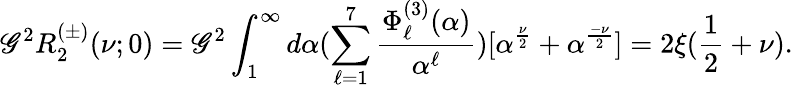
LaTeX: \mathscr{G}^{2}R_{2}^{(\pm)}(\nu;0)=\mathscr{G}^{2}\int_{1}^{\infty}d\alpha(\sum_{\ell=1}^{7}\frac{{\Phi_{\ell}^{(3)}(\alpha)}}{{\alpha^{\ell}}})[\alpha^{\frac{{\nu}}{{2}}}+\alpha^{\frac{{-\nu}}{{2}}}]=2\xi(\frac{{1}}{{2}}+\nu).